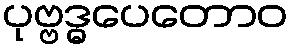
ပုဗ္ဗဒ္ဓပေတောဝ